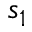
s _ { 1 }